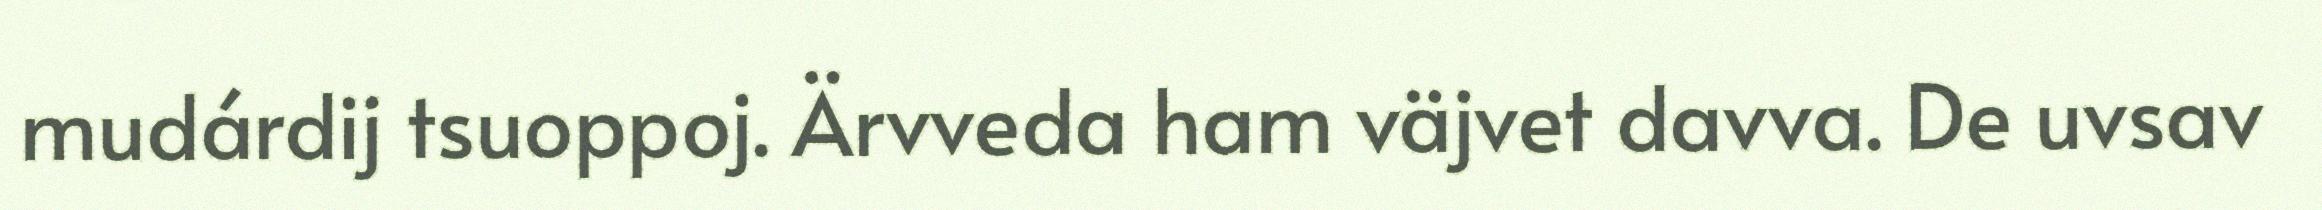
mudárdij tsuoppoj. Ärvveda ham väjvet davva. De uvsav